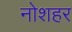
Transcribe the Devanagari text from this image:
नोशहर